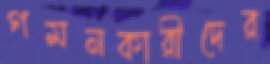
গমনকারীদের